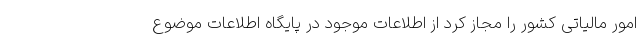
امور مالیاتی کشور را مجاز کرد از اطلاعات موجود در پایگاه اطلاعات موضوع